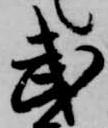
武